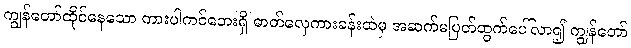
ကျွန်တော်ထိုင်နေသော ကားပါကင်ဘေးရှိ ဓာတ်လှေကားခန်းထဲမှ အဆက်မပြတ်ထွက်ပေါ်လာ၍ ကျွန်တော်